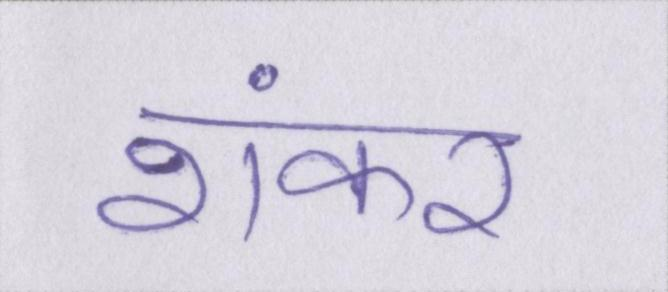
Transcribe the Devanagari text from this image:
शंकर